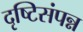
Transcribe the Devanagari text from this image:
दृष्टिसंपन्न